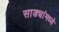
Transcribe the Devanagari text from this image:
साड्यांमध्ये